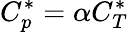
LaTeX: C_{p}^{*}=\alpha C_{T}^{*}